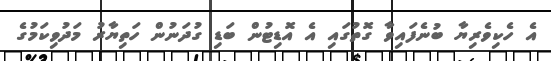
އެ ހެކިވެރިޔާ ބުނެފައިވާ ގޮތުގައި އެ އޮޑިޓުން ބަޑި ގުދަނުން ހަތިޔާރު މަދުވިކަމުގެ